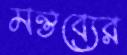
মন্তব্যের